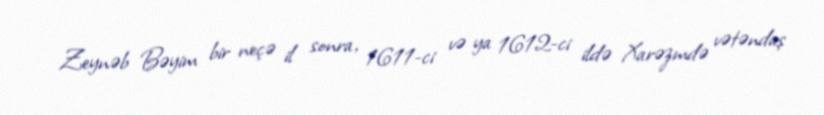
Zeynəb Bəyim bir neçə il sonra, 1611-ci və ya 1612-ci ildə Xarəzmdə vətəndaş